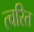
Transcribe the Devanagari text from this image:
त्चरित